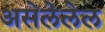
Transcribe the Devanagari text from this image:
असेलेलेल